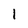
Character: 1